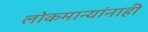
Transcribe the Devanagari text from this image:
लोकमान्‍यांनाही